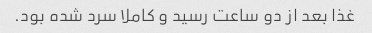
غذا بعد از دو ساعت رسید و کاملا سرد شده بود.